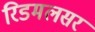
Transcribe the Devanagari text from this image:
रिडमलसर